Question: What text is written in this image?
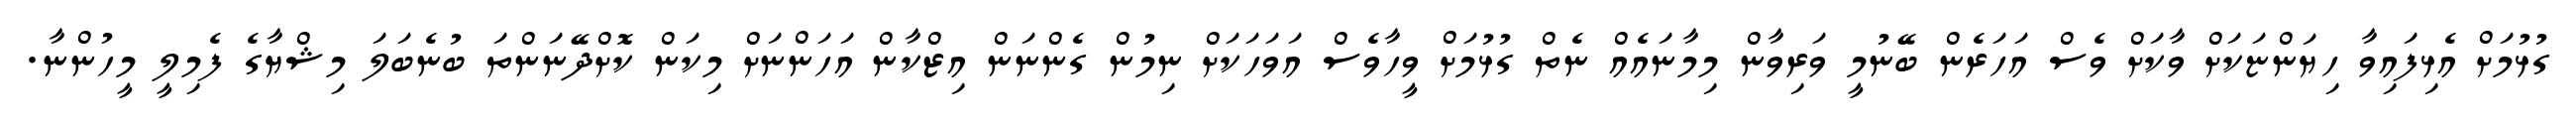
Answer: ގުޅުމަށް އެޅިފައިވާ ހިޔަންޏަކަށް ވާކަށް ވެސް އަހަރެން ބޭނުމީ ވަރިވާން މިމާނައެއް ނެތް ގުޅުމަށް ވީހާވެސް އަވަހަކަށް ނިމުން ގެންނަން އިޒްކާން އަހަންނަށް މިކަން ކޮށްދޭނަންތަ ބުނެބަލަ މިޝްޔާގެ ފެމިލީ މީހުންނާ.